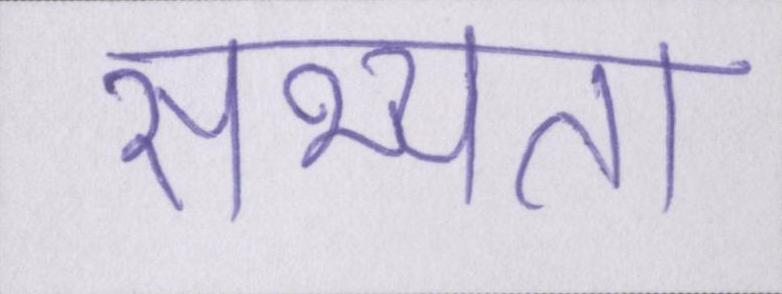
सभ्यता